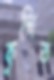
কুগিত